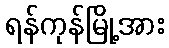
ရန်ကုန်မြို့အား